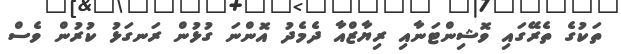
ތަކުގެ ތެރޭގައި ވޮޝިންޓަނާއި ރިޔާޒްއާ ދެމެދު އޮންނަ ގުޅުން ރަނގަޅު ކުރުން ވެސް